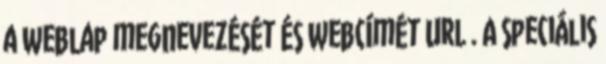
a weblap megnevezését és webcímét URL . A speciális